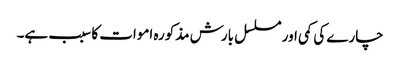
چارے کی کمی اور مسلسل بارش مذکورہ اموات کا سبب ہے۔